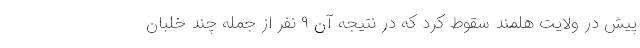
پیش در ولایت هلمند سقوط کرد که در نتیجه آن ۹ نفر از جمله چند خلبان